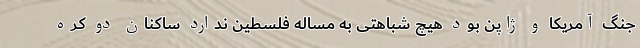
جنگ آمریکا و ژاپن بود هیچ شباهتی به مساله فلسطین ندارد ساکنان دو کره